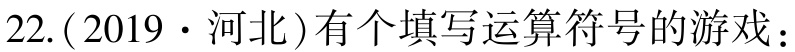
$22.(2019\cdot 河北)有个填写运算符号的游戏：$